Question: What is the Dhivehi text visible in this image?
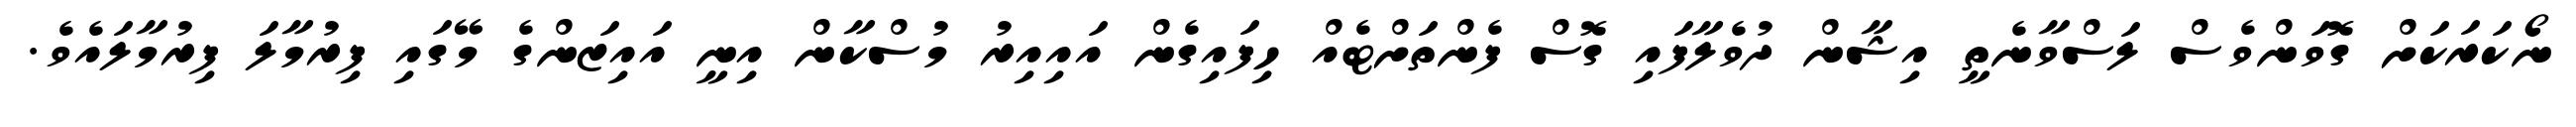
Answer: ނޯކަރަކަށް ގޮވަންވެސް ލަސްވާނެތީ އިޝާން ދުވެލާފައި ގޮސް ފެންތަށްޓެއް ހިފައިގެން އައިއިރު މުސްކާން އިނީ އައިޒަންގެ މޭގައި ފިރުމާލަ ފިރުމާލައެވެ.